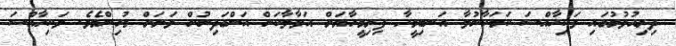
ދިރިއުޅުމުގައި ވަކިހާއްސަ ކަމަކާނުލާ އަނބިމީހާ ފިރިމީހާޔަށް އަޅާލާކަން އަންގަދިނުން ވަރަށް މުހިންމެވެ. ވަކިހާއްސަ